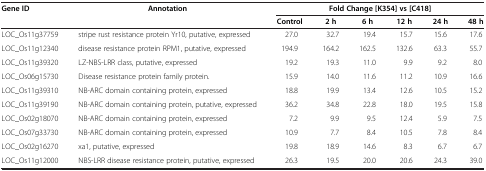
<table><thead><tr><td><b>Gene ID</b></td><td><b>Annotation</b></td><td colspan="6"><b>Fold Change [K354] vs [C418]</b></td></tr><tr><td><b> </b></td><td><b> </b></td><td><b>Control</b></td><td><b>2 h</b></td><td><b>6 h</b></td><td><b>12 h</b></td><td><b>24 h</b></td><td><b>48 h</b></td></tr></thead><tbody><tr><td>LOC_Os11g37759</td><td>stripe rust resistance protein Yr10, putative, expressed</td><td>27.0</td><td>32.7</td><td>19.4</td><td>15.7</td><td>15.6</td><td>17.6</td></tr><tr><td>LOC_Os11g12340</td><td>disease resistance protein RPM1, putative, expressed</td><td>194.9</td><td>164.2</td><td>162.5</td><td>132.6</td><td>63.3</td><td>55.7</td></tr><tr><td>LOC_Os11g39320</td><td>LZ-NBS-LRR class, putative, expressed</td><td>19.2</td><td>19.3</td><td>11.0</td><td>9.9</td><td>9.2</td><td>8.0</td></tr><tr><td>LOC_Os06g15730</td><td>Disease resistance protein family protein.</td><td>15.9</td><td>14.0</td><td>11.6</td><td>11.2</td><td>10.9</td><td>16.6</td></tr><tr><td>LOC_Os11g39310</td><td>NB-ARC domain containing protein, expressed</td><td>18.8</td><td>19.9</td><td>13.4</td><td>12.6</td><td>10.5</td><td>15.2</td></tr><tr><td>LOC_Os11g39190</td><td>NB-ARC domain containing protein, putative, expressed</td><td>36.2</td><td>34.8</td><td>22.8</td><td>18.0</td><td>19.5</td><td>15.8</td></tr><tr><td>LOC_Os02g18070</td><td>NB-ARC domain containing protein, expressed</td><td>7.2</td><td>9.9</td><td>9.5</td><td>12.4</td><td>5.9</td><td>7.5</td></tr><tr><td>LOC_Os07g33730</td><td>NB-ARC domain containing protein, expressed</td><td>10.9</td><td>7.7</td><td>8.4</td><td>10.5</td><td>7.8</td><td>8.4</td></tr><tr><td>LOC_Os02g16270</td><td>xa1, putative, expressed</td><td>19.8</td><td>18.9</td><td>14.6</td><td>8.3</td><td>6.7</td><td>6.7</td></tr><tr><td>LOC_Os11g12000</td><td>NBS-LRR disease resistance protein, putative, expressed</td><td>26.3</td><td>19.5</td><td>20.0</td><td>20.6</td><td>24.3</td><td>39.0</td></tr></tbody></table>